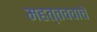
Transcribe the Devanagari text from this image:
महत्तववाचे